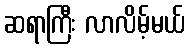
ဆရာကြီး လာလိမ့်မယ်